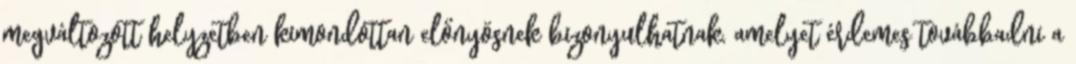
megváltozott helyzetben kimondottan előnyösnek bizonyulhatnak, amelyet érdemes továbbadni a